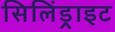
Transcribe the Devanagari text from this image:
सिलिंड्राइट